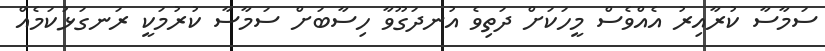
ސަމާސާ ކުރާއިރު އެއްވެސް މީހަކަށް ދަތިވެ އުނދަގޫވާ ހިސާބަށް ސަމާސާ ކުރުމަކީ ރަނގަޅުކަމެއް